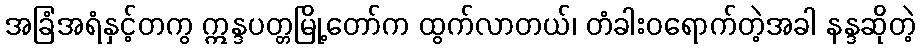
အခြံအရံနှင့်တကွ ဣန္ဒပတ္တမြို့တော်က ထွက်လာတယ်၊ တံခါးဝရောက်တဲ့အခါ နန္ဒဆိုတဲ့